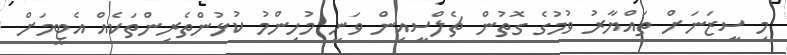
މި ސީޒަނަށް ތައްޔާރު ވުމުގެ ގޮތުން ޗެލްސީއިން ވަނީ މުހިންމު ކުޅުންތެރިންތަކެއް އެޓީމަށް